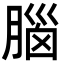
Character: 腦